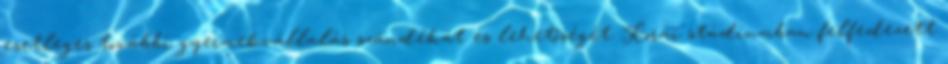
esetleges további gyermekvállalás szándékát és lehetőségét. Korai stádiumban felfedezett